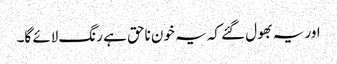
اور یہ بھول گئے کہ یہ خون ناحق ہے رنگ لائے گا۔